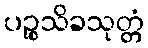
ပဉ္စသိခသုတ္တံ